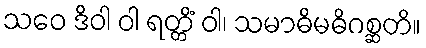
သဝေ ဒိဝါ ဝါ ရတ္တိံ ဝါ၊ သမာဓိမဓိဂစ္ဆတိ။